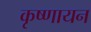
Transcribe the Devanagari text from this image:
कृष्‍णायन